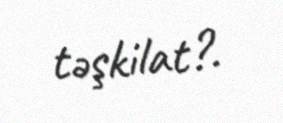
təşkilat?.